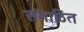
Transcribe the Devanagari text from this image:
संगाठित